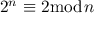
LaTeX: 2 ^ { n } \equiv 2 { \bmod { n } }